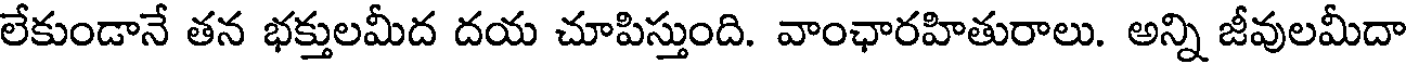
లేకుండానే తన భక్తులమీద దయ చూపిస్తుంది. వాంఛారహితురాలు. అన్ని జీవులమీదా